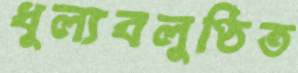
ধুল্যবলুণ্ঠিত